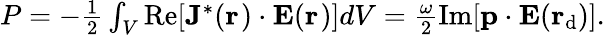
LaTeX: \begin{array}{r}{P=-\frac{1}{2}\int_{V}\mathrm{Re}[{{\mathbf J}^{*}({\mathbf r}_{\mathrm{}})\cdot{\mathbf E}(\mathbf r_{\mathrm{}})}]dV=\frac{\omega}{2}\mathrm{Im}[{{\mathbf p}\cdot{\mathbf E}(\mathbf r_{\mathrm{d}})}].}\end{array}